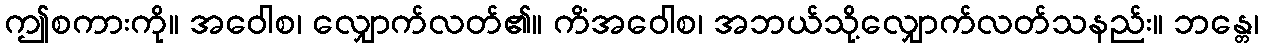
ဤစကားကို။ အဝေါစ၊ လျှောက်လတ်၏။ ကိံအဝေါစ၊ အဘယ်သို့လျှောက်လတ်သနည်း။ ဘန္တေ၊